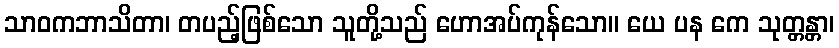
သာဝကဘာသိတာ၊ တပည့်ဖြစ်သော သူတို့သည် ဟောအပ်ကုန်သော။ ယေ ပန ကေ သုတ္တန္တာ၊